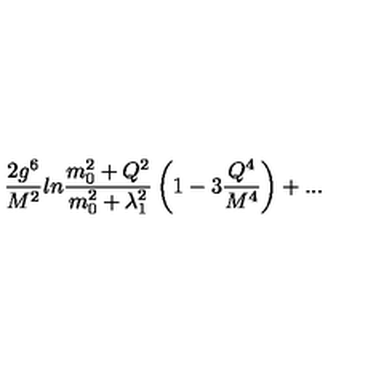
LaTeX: { \frac { 2 g ^ { 6 } } { M ^ { 2 } } } l n { \frac { m _ { 0 } ^ { 2 } + Q ^ { 2 } } { m _ { 0 } ^ { 2 } + \lambda _ { 1 } ^ { 2 } } } \left( 1 - 3 { \frac { Q ^ { 4 } } { M ^ { 4 } } } \right) + . . .